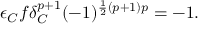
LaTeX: \epsilon _ { C } f \delta _ { C } ^ { p + 1 } ( - 1 ) ^ { \frac 1 2 ( p + 1 ) p } = - 1 .